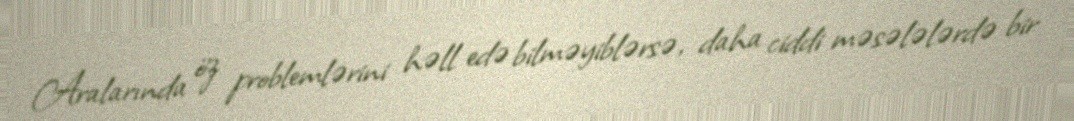
Aralarında öz problemlərini həll edə bilməyiblərsə, daha ciddi məsələlərdə bir